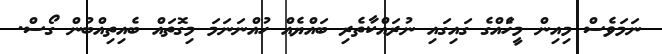
ނަމަވެސް މިއިން މީހެައްގެ ގައިގައި ނުރައްކާތެރި ބައްޔެއް ހުއްނަނަމަ މިގޮތައް ބެއިތިއްބުން ގޯސް.